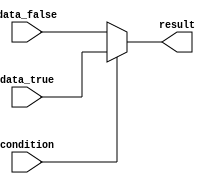
module if_else_statement (
    input wire condition,
    input wire [7:0] data_true,
    input wire [7:0] data_false,
    output reg [7:0] result
);

always @*
begin
    if (condition)
    begin
        result = data_true;
    end
    else
    begin
        result = data_false;
    end
end

endmodule